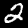
Label: 2